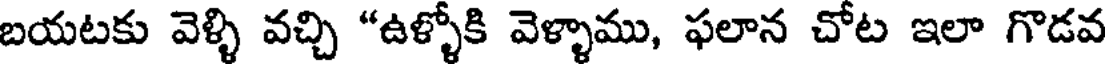
బయటకు వెళ్ళి వచ్చి "ఉళ్ళోకి వెళ్ళాము, ఫలాన చోట ఇలా గొడవ